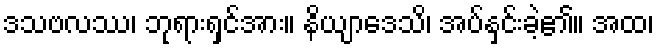
ဒသဗလဿ၊ ဘုရားရှင်အား။ နိယျာဒေသိ၊ အပ်နှင်းခဲ့၏။ အထ၊